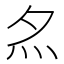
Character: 𡖋